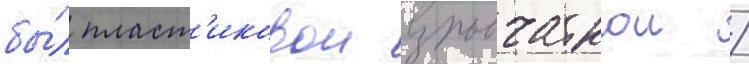
бы́л пласт'иковои взрывчаткои /